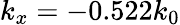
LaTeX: k_{x}=-0.522k_{0}